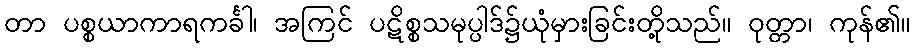
တာ ပစ္စယာကာရကင်္ခါ၊ အကြင် ပဋိစ္စသမုပ္ပါဒ်၌ယုံမှားခြင်းတို့သည်။ ဝုတ္တာ၊ ကုန်၏။